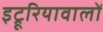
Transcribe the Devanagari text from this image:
इट्रूरियावालों